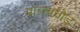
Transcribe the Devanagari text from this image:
मालवगौड